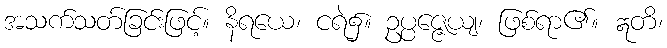
အသက်သတ်ခြင်းဖြင့်။ နိရယေ၊ ငရဲ၌။ ဥပ္ပဇ္ဇေယျ၊ ဖြစ်ရာ၏။ ဣတိ၊